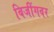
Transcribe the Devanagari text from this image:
बिजींगवर